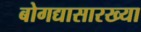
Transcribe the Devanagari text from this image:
बोगद्यासारख्या